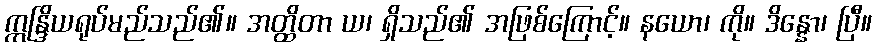
ဣန္ဒြိယရုပ်မည်သည်၏။ အတ္ထိတာ ယ၊ ရှိသည်၏ အဖြစ်ကြောင့်။ နယော၊ ကို။ ဒိန္နော၊ ပြီ။